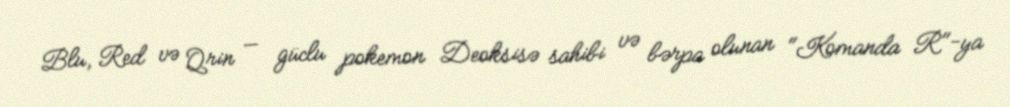
Blu, Red və Qrin — güclu pokemon Deoksisə sahibi və bərpa olunan "Komanda R"-ya